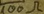
Text: 100Ω